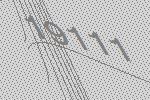
19111